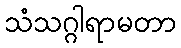
သံသဂ္ဂါရာမတာ